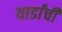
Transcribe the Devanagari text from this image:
यार्डांची